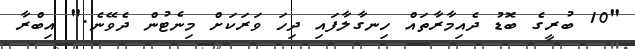
"10 ބުރީގެ ބޮޑު ދެއިމާރާތައް ހިނގާލާފައި ދިހަ ވަރަކަށް މިނެޓުން ދެވޭނެ." އިބްރާ